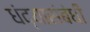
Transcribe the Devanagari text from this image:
धंद्यासंबंधीं